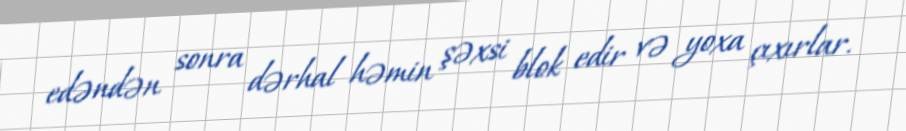
edəndən sonra dərhal həmin şəxsi blok edir və yoxa çıxırlar.